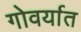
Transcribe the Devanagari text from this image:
गोवर्यात